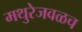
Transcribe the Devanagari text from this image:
मथुरेजवळच